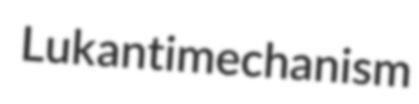
Luk antimechanism